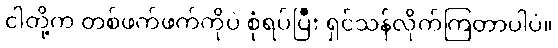
ငါတို့က တစ်ဖက်ဖက်ကိုပဲ စုံရပ်ပြီး ရှင်သန်လိုက်ကြတာပါပဲ။